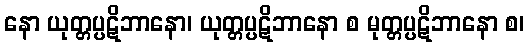
နော ယုတ္တပ္ပဋိဘာနော၊ ယုတ္တပ္ပဋိဘာနော စ မုတ္တပ္ပဋိဘာနော စ၊